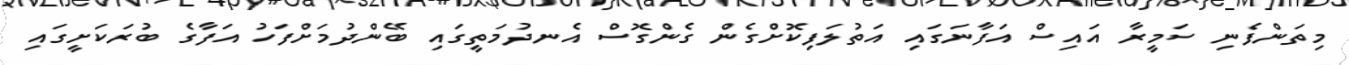
މިތަންފެނި ސަމީރާ އައިސް އަފާނަގައި އަތުލަފިކޮށްގެން ގެންގޮސް އެނދުމަތީގައި ބޭންދުމަށްފަހު އަފާގެ ބުރަކަށީގައި